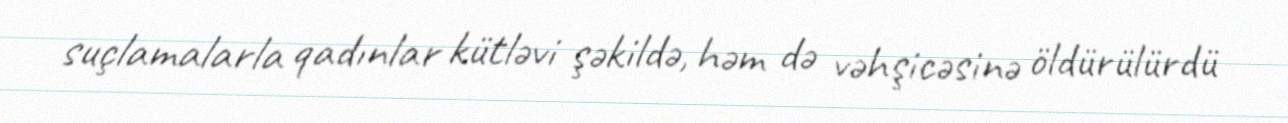
suçlamalarla qadınlar kütləvi şəkildə, həm də vəhşicəsinə öldürülürdü